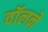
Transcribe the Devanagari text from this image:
वॉलने